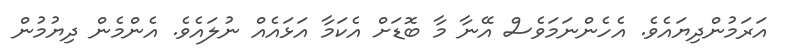
އަރަމުންދިޔައެވެ. އެހެންނަމަވެސް އޭނާ މާ ބޮޑަށް އެކަމާ އަޅައެއް ނުލައެވެ. އެންމެން ދިޔުމުން